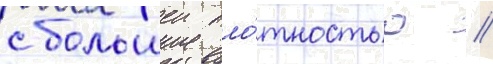
с большеи пло́тностью /